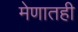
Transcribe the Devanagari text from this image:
मेणातही